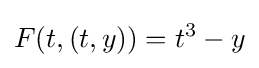
F(t,(t,y))=t^{3}-y